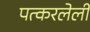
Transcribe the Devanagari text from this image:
पत्करलेली